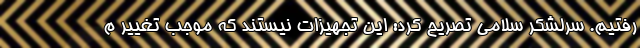
رفتیم. سرلشکر سلامی تصریح کرد: این تجهیزات نیستند که موجب تغییر م